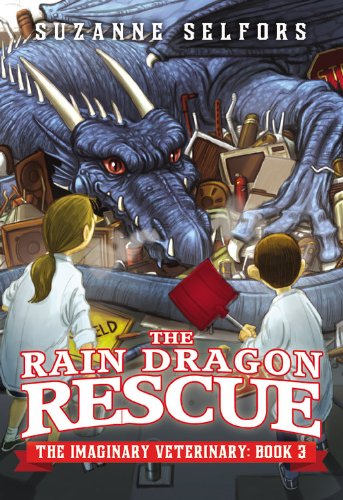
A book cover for The Rain Dragon Rescue (The Imaginary Veterinary); Suzanne Selfors; Children's Books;